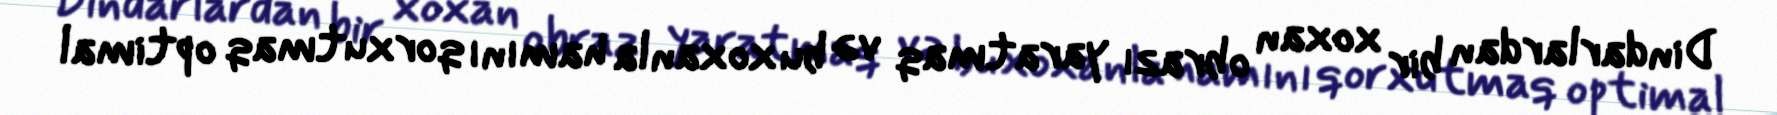
Dindarlardan bir xoxan obrazı yaratmaq və bu xoxanla hamını qorxutmaq optimal